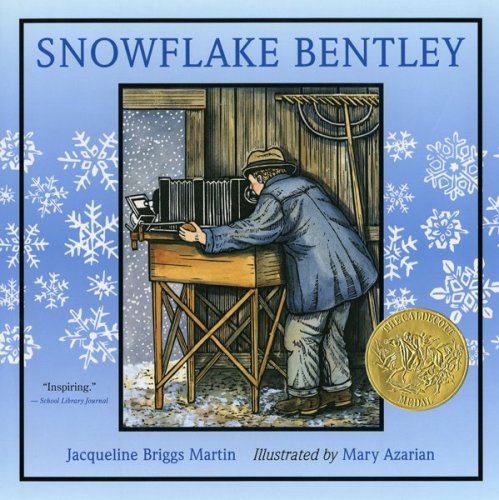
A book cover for Snowflake Bentley; Jacqueline Briggs Martin; Children's Books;